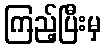
ကြည့်ပြီးမှ